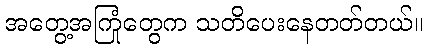
အတွေ့အကြုံတွေက သတိပေးနေတတ်တယ်။